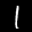
Label: 1